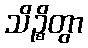
သိဉ္စိတွာ